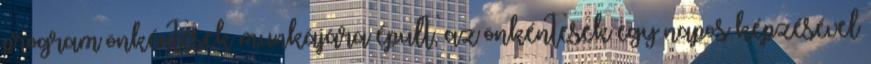
program önkéntesek munkájára épült, az önkéntesek egy napos képzésével